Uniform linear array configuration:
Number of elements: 12
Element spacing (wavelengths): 0.25
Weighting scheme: blackman
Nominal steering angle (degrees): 15
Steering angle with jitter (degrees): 14.958
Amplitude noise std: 0.05
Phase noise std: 0.05

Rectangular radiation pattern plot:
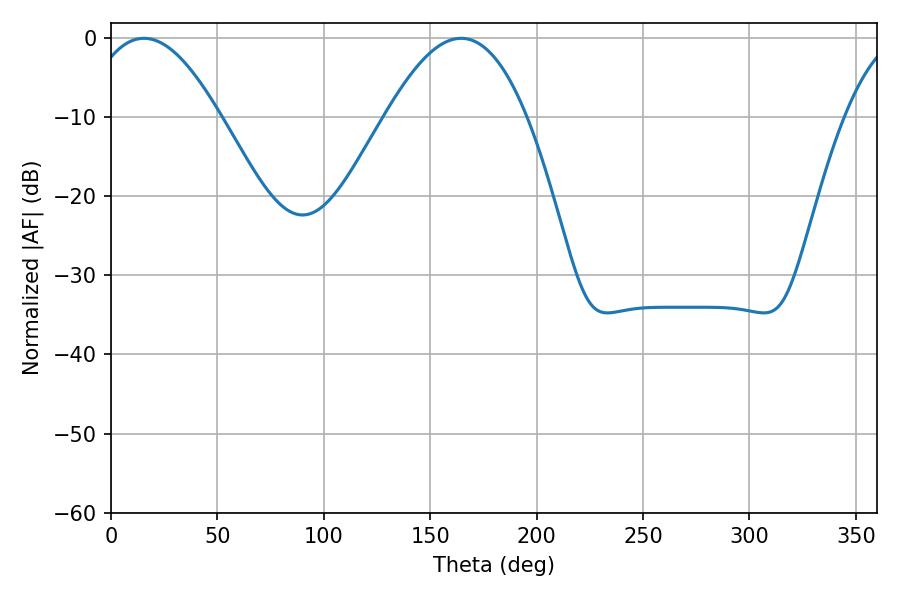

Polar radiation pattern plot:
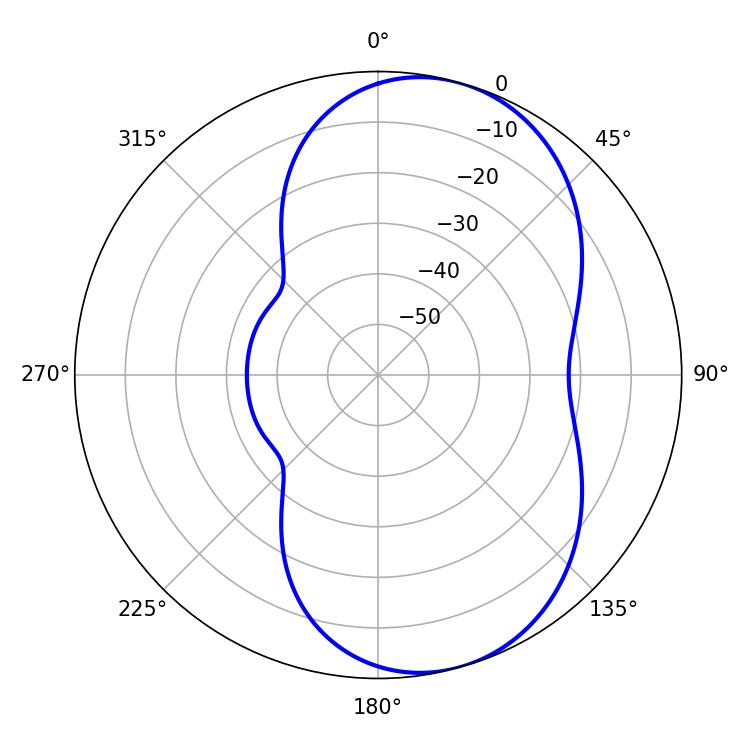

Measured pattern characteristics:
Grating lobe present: FALSE
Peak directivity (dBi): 7.037
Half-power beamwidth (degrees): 34.38
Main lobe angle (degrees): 15.48